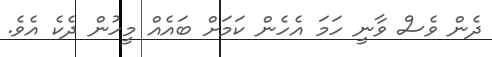
ދެން ވެސް ވާނީ ހަމަ އެހެން ކަމަށް ބައެއް މީހުން ދެކެ އެވެ.